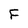
Character: F